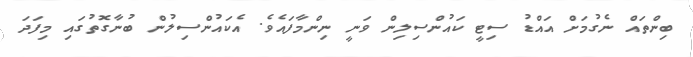
ބިންތައް ނެގުމަށް އައްޑު ސިޓީ ކައުންސިލިން ވަނީ ނިންމާފައެވެ. އެކައުންސިލުން ބުނާގޮތުގައި މިފަދަ